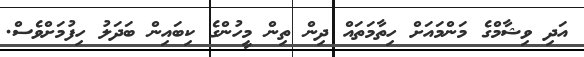
އަދި ވިޝާމްގެ މަންމައަށް ހިތާމަތައް ދިން ތިން މީހުންގެ ކިބައިން ބަދަލު ހިފުމަށްވެސް.